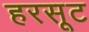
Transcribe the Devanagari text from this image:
हरसूट